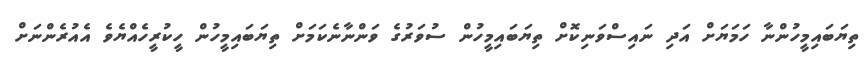
ތިޔަބައިމީހުންނާ ހަމަޔަށް އަދި ނައިސްވަނިކޮށް ތިޔަބައިމީހުން ސުވަރުގެ ވަންނާނެކަމަށް ތިޔަބައިމީހުން ހީކުރީހެއްޔެވެ އެއުރެންނަށް